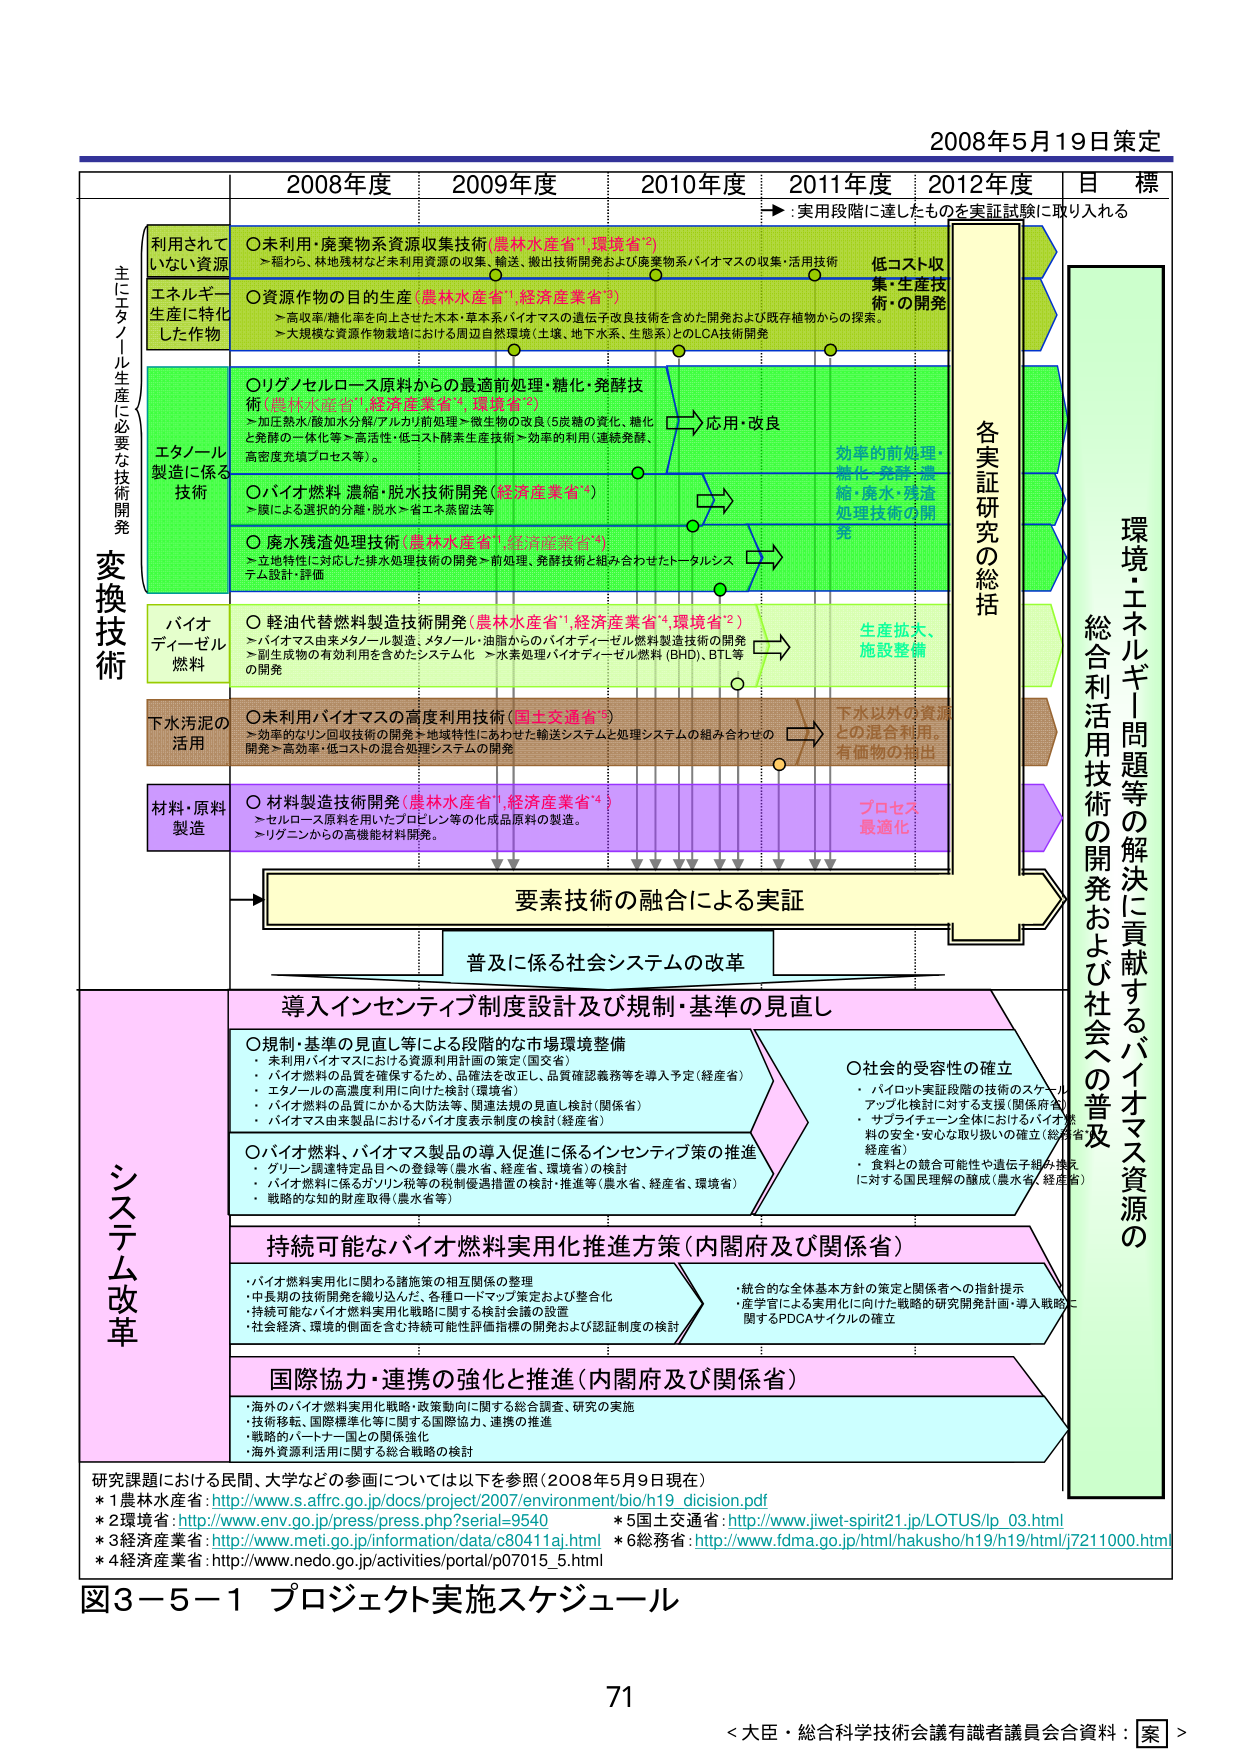
2008年5月19日策定

2008年度 2009年度 2010年度 2011年度 2012年度 目標
→：実用段階に達したものを実証試験に取り入れる

主にエタノール生産に必要な技術開発

利用されていない資源
○未利用・廃棄物系資源収集技術（農林水産省*1,環境省*2）
→ 稲わら、林地残材など未利用資源の収集、輸送、搬出技術開発および廃棄物系バイオマスの収集・活用技術

エネルギー生産に特化した作物
○資源作物の目的的生産（農林水産省*1,経済産業省*3）
→ 高収率/糖化率を向上させた木本・草本系バイオマスの遺伝子改良技術を含めた開発および既存植物からの探索。
→ 大規模な資源作物栽培における周辺自然環境（土壌、地下水系、生態系）とのLCA技術開発

エタノール製造に係る技術
○リグノセルロース原料からの最適前処理・糖化・発酵技術（農林水産省*1,経済産業省*3,環境省*2）
→ 加圧熱水/酸加水分解/アルカリ前処理→微生物の改良（5炭糖の資化、糖化と発酵の一体化等）→高活性・低コスト酵素生産技術→効率的利用（連続発酵、高密度充填プロセス等）。
○バイオ燃料濃縮・脱水技術開発（経済産業省*3）
→ 膜による選択的分離・脱水→省エネ蒸留法等
○廃水残渣処理技術（農林水産省*1,経済産業省*3）
→ 立地特性に対応した排水処理技術の開発→前処理、発酵技術と組み合わせたトータルシステム設計・評価

バイオディーゼル燃料
○軽油代替燃料製造技術開発（農林水産省*1,経済産業省*3,環境省*2）
→ バイオマス由来メタノール製造、メタノール・油脂からのバイオディーゼル燃料製造技術の開発
→ 副生生物の有効利用を含めたシステム化 → 水素処理バイオディーゼル燃料（BHD）、BTL等の開発

下水汚泥の活用
○未利用バイオマスの高度利用技術（国土交通省*5）
→ 効率的なリサイクル技術の開発＋地域特性にあわせた輸送システムと処理システムの組み合わせの開発→高効率・低コストの混合処理システムの開発

材料・原料製造
○材料製造技術開発（農林水産省*1,経済産業省*3）
→ セルロース原料を用いたプロピレン等の化成品原料の製造。
→ リグニンからの高機能材料開発。

低コスト収集・生産技術の開発
各実証研究の総括
効率的前処理・糖化・発酵・濃縮・廃水・残渣処理技術の開発
生産拡大、施設整備
下水以外の資源との混合利用、有価物の抽出
プロセス最適化

要素技術の融合による実証
普及に係る社会システムの改革

システム改革
導入インセンティブ制度設計及び規制・基準の見直し
○規制・基準の見直し等による段階的な市場環境整備
・ 未利用バイオマスにおける資源利用計画の策定（国土省）
・ バイオ燃料の品質を確保するため、品確法を改正し、品質確認義務等を導入予定（経産省）
・ エタノールの高濃度利用に向けた検討（環境省）
・ バイオ燃料の品質にかかる大防法等、関連法規の見直し検討（関係省）
・ バイオマス由来製品におけるバイオ度表示制度の検討（経産省）
○バイオ燃料、バイオマス製品の導入促進に係るインセンティブ策の推進
・ グリーン調達特定品目への登録等の検討（農水省、経産省、環境省）
・ バイオ燃料に係るガソリン税等の税制優遇措置の検討・推進等（農水省、経産省、環境省）
・ 戦略的な知的財産取得（農水省等）

持続可能なバイオ燃料実用化推進方策（内閣府及び関係省）
・ バイオ燃料実用化に関わる諸施策の相互関係の整理
・ 中長期の技術開発を織り込んだ、各種ロードマップ策定および整合化
・ 持続可能なバイオ燃料実用化戦略に関する検討会議の設置
・ 社会経済、環境的側面を含む持続可能性評価指標の開発および認証制度の検討
・ 統合的な全体基本方針の策定と関係者への指針提示
・ 産学官による実用化に向けた戦略的研究開発計画・導入戦略に関するPDCAサイクルの確立

国際協力・連携の強化と推進（内閣府及び関係省）
・ 海外のバイオ燃料実用化戦略・政策動向に関する総合調査、研究の実施
・ 技術移転、国際標準化等に関する国際協力、連携の推進
・ 戦略的パートナー国との関係強化
・ 海外資源利活用に関する総合戦略の検討

○社会的受容性の確立
・ パイロット実証段階の技術のスケールアップ化検討に対する支援（関係府省）
・ サプライチェーン全体におけるバイオ燃料の安全・安心な取り扱いの確立（総務省、経産省）
・ 食料との競合可能性や遺伝子組み換えに対する国民理解の醸成（農水省、経産省）

環境・エネルギー問題等の解決に貢献するバイオマス資源の総合利活用技術の開発および社会への普及

研究課題における民間、大学などの参画については以下を参照（2008年5月9日現在）
*1農林水産省：http://www.s.affrc.go.jp/docs/project/2007/environment/bio/h19_dicision.pdf
*2環境省：http://www.env.go.jp/press/press.php?serial=9540
*3経済産業省：http://www.meti.go.jp/information/data/c80411aj.html
*4経済産業省：http://www.nedo.go.jp/activities/portal/p07015_5.html
*5国土交通省：http://www.jiwet-spirit21.jp/LOTUS/ip_03.html
*6総務省：http://www.fdma.go.jp/html/hakusho/h19/h19/html/j7211000.html

図3－5－1 プロジェクト実施スケジュール

71
＜大臣・総合科学技术会議有識者議員会合資料：[案]＞